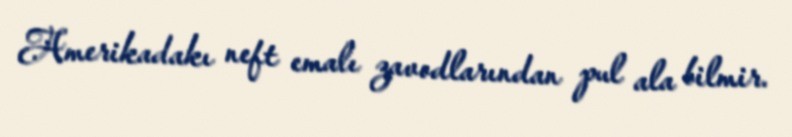
Amerikadakı neft emalı zavodlarından pul ala bilmir.